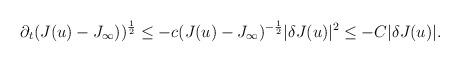
LaTeX: \begin{align*}\partial_{t}(J(u)-J_{\infty}))^{\frac{1}{2}}\leq -c(J(u)-J_{\infty})^{-\frac{1}{2}}\vert \delta J(u)\vert^{2}\leq -C \vert \delta J(u)\vert.\end{align*}